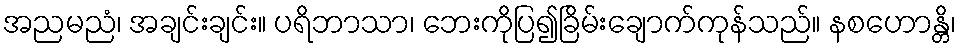
အညမညံ၊ အချင်းချင်း။ ပရိဘာသာ၊ ဘေးကိုပြ၍ခြိမ်းချောက်ကုန်သည်။ နစဟောန္တိ၊